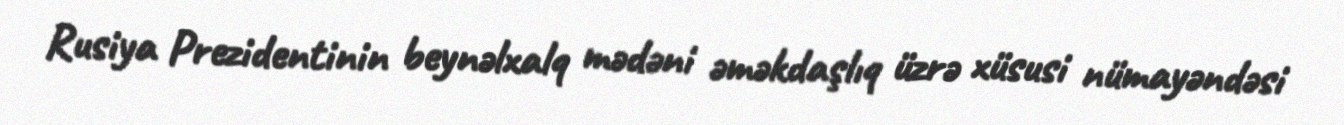
Rusiya Prezidentinin beynəlxalq mədəni əməkdaşlıq üzrə xüsusi nümayəndəsi